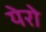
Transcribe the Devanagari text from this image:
येरो